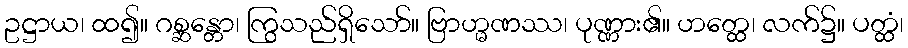
ဥဋ္ဌာယ၊ ထ၍။ ဂစ္ဆန္တော၊ ကြွသည်ရှိသော်။ ဗြာဟ္မဏဿ၊ ပုဏ္ဏား၏။ ဟတ္ထေ၊ လက်၌။ ပတ္ထံ၊